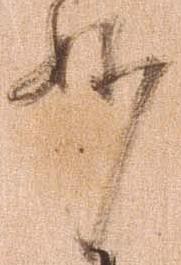
妙